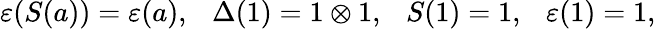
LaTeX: \varepsilon(S(a))=\varepsilon(a),~~~\Delta(1)=1\otimes 1,~~~S(1)=1,~~~\varepsilon(1)=1,